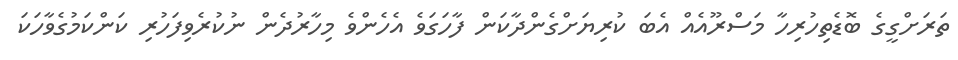
ތަރަށްގީގެ ބޮޑެތިހުރިހާ މަސްރޫއެއް އެބަ ކުރިޔަށްގެންދާކަން ފާހަގަވެ އެހެންވެ މިހާރުދެން ނުކުރެވިފަހުރި ކަންކަމުގެވާހަކަ